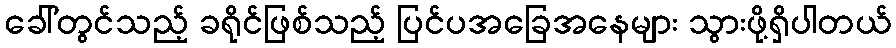
ခေါ်တွင်သည့် ခရိုင်ဖြစ်သည့် ပြင်ပအခြေအနေများ သွားဖို့ရှိပါတယ်